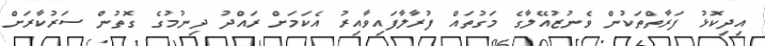
އިދިކޮޅު ފަރާތްތަކުން ވެނުޒުއޭލާގެ މަގުތައް ފުރާލާފައިވާއިރު އެކަމަށް ރައްދު ދިނުމުގެ ގޮތުން ސަރުކާރަށް